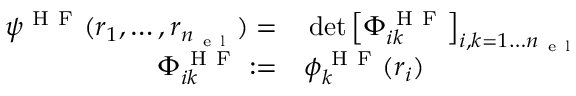
\begin{array} { r l } { \psi ^ { \mathrm { ~ H ~ F ~ } } ( { \boldsymbol { r } } _ { 1 } , \dots , { \boldsymbol { r } } _ { n _ { \mathrm { ~ e ~ l ~ } } } ) = } & { { } \operatorname* { d e t } \left[ \Phi _ { i k } ^ { \mathrm { ~ H ~ F ~ } } \right] _ { i , k = 1 \dots { n _ { \mathrm { ~ e ~ l ~ } } } } } \\ { \Phi _ { i k } ^ { \mathrm { ~ H ~ F ~ } } : = } & { { } \phi _ { k } ^ { \mathrm { ~ H ~ F ~ } } ( { \boldsymbol { r } } _ { i } ) } \end{array}